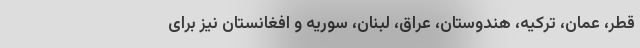
قطر، عمان، ترکیه، هندوستان، عراق، لبنان، سوریه و افغانستان نیز برای